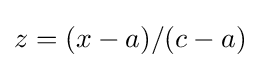
z=(x-a)/(c-a)